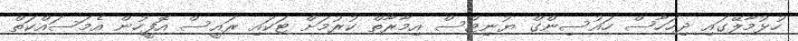
ހުޅުމާލޭގައި ދިހަހާސް ހައުސިންގް ޔުނިޓްސް އިމާރާތް ކުރުމަށް ޓަކައި ރައީސް އޮފީހުން އެމަަސައްކަތް